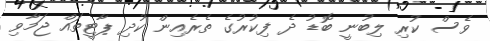
ވެސް ކުރި ލިބުނީ ބޮޑު ދެ ފިކުރުގެ ތެރެއިން ކުދި ޕާޓީތައް ޖަމާވި